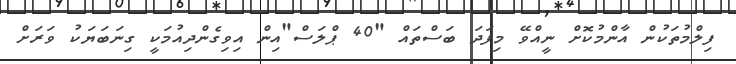
ފިލްމުތަކުން އާންމުކޮށް ނީއްވޭ މިފަދަ ބަސްތައް "40 ޕްލަސް"އިން އިވިގެންދިއުމަކީ ގިނަބަޔަކު ވަރަށް